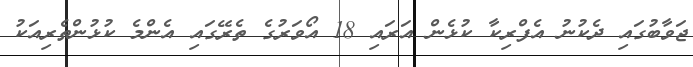
ޖަވާބުގައި ދެކުނު އެފްރިކާ ކުޅެން އަރައި 18 އޯވަރުގެ ތެރޭގައި އެންމެ ކުޅުންތެރިއަކު